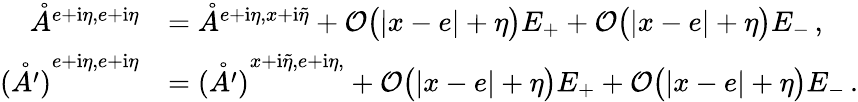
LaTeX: \begin{array}{rl}{\mathring{A}^{{e+\mathrm{i}\eta,e+\mathrm{i}\eta}}}&{=\mathring{A}^{{e+\mathrm{i}\eta,x+\mathrm{i}\tilde{\eta}}}+\mathcal{O}\big(|x-e|+\eta\big)E_{+}+\mathcal{O}\big(|x-e|+\eta\big)E_{-}\, ,}\\ {\mathring{(A^{\prime})}^{{e+\mathrm{i}\eta,e+\mathrm{i}\eta}}}&{=\mathring{(A^{\prime})}^{{x+\mathrm{i}\tilde{\eta},e+\mathrm{i}\eta,}}+\mathcal{O}\big(|x-e|+\eta\big)E_{+}+\mathcal{O}\big(|x-e|+\eta\big)E_{-}\, .}\end{array}